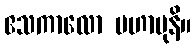
ဧသကာလော မဟာမုနိ။